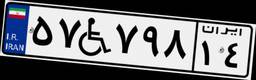
۵۷W۷۹۸۱۴